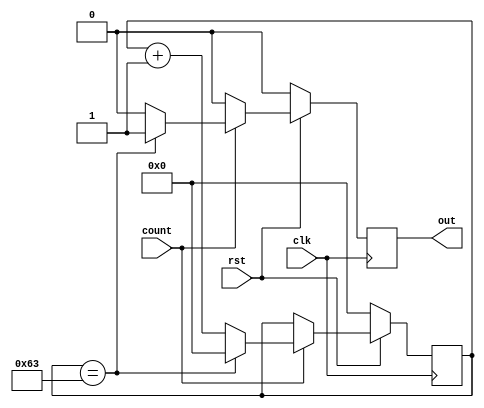
module count100(clk,rst,count,out);
input clk,rst,count;
output reg out;
reg [6:0] counter;

	always@(posedge clk)
	begin
	
		if(rst==0)
			begin
	
				out<=0;
				counter<=0;

			end

		else
			begin

				if(count==1)
				begin
					counter<=counter+1;
					if(counter==99)
						begin
							out<=1;
							counter<=0;
						end
					else
						begin
							out<=0;
						end
				end
				else
					begin
				
						out<=0;
					end
			end
	end
endmodule